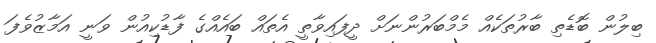
ބިލުން ބޮޑެތި ބާރުތަކެއް މެމްބަރުންނަށް ދީފައިވާތީ އެތައް ބައެއްގެ ފާޑުކިއުން ވަނީ އަމާޒުވެފަ